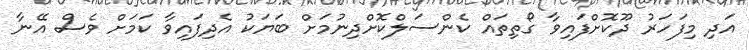
އަދި މިފަހަރު ދޫކޮށްފައިވާ ގޯތިތައް ކެންސަލްކޮށްދިނުމަށް ބަޔަކު އެދިފައިވާ ކަމަށް ވެސް އޭނާ